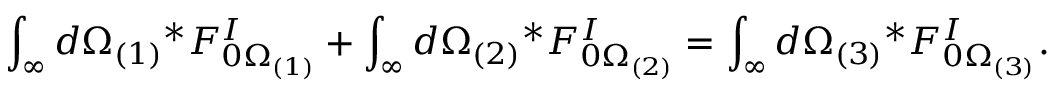
\int _ { \infty } d \Omega _ { ( 1 ) } { } ^ { * } F _ { 0 \Omega _ { ( 1 ) } } ^ { I } + \int _ { \infty } d \Omega _ { ( 2 ) } { } ^ { * } F _ { 0 \Omega _ { ( 2 ) } } ^ { I } = \int _ { \infty } d \Omega _ { ( 3 ) } { } ^ { * } F _ { 0 \Omega _ { ( 3 ) } } ^ { I } .